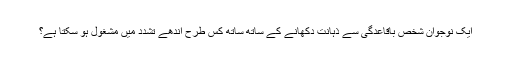
ایک نوجوان شخص باقاعدگی سے ذہانت دکھانے کے ساتھ ساتھ کس طرح اندھے تشدد میں مشغول ہو سکتا ہے؟